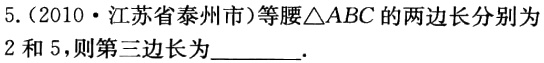
5.（2010·江苏省泰州市）等腰\(\triangle ABC\)的两边长分别为\(2\)和\(5\)，则第三边长为________.